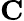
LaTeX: \textrm{\textbf{C}}